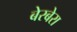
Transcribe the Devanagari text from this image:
बेरबेरा